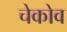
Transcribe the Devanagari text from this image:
चेकोव